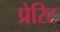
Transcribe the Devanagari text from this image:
प्रेरिट